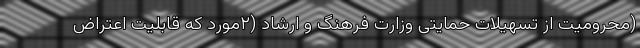
(محرومیت از تسهیلات حمایتی وزارت فرهنگ و ارشاد (۲مورد که قابلیت اعتراض